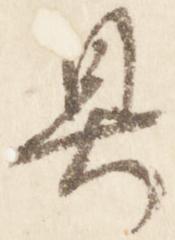
具